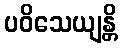
ပဝိသေယျန္တိ